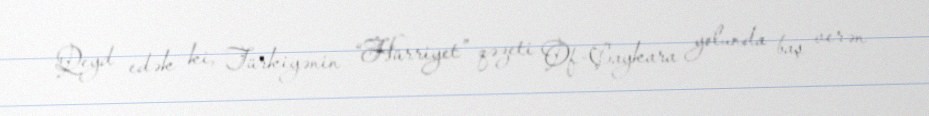
Qeyd edək ki, Türkiyənin “Hürriyet” qəzeti Of-Çaykara yolunda baş verən